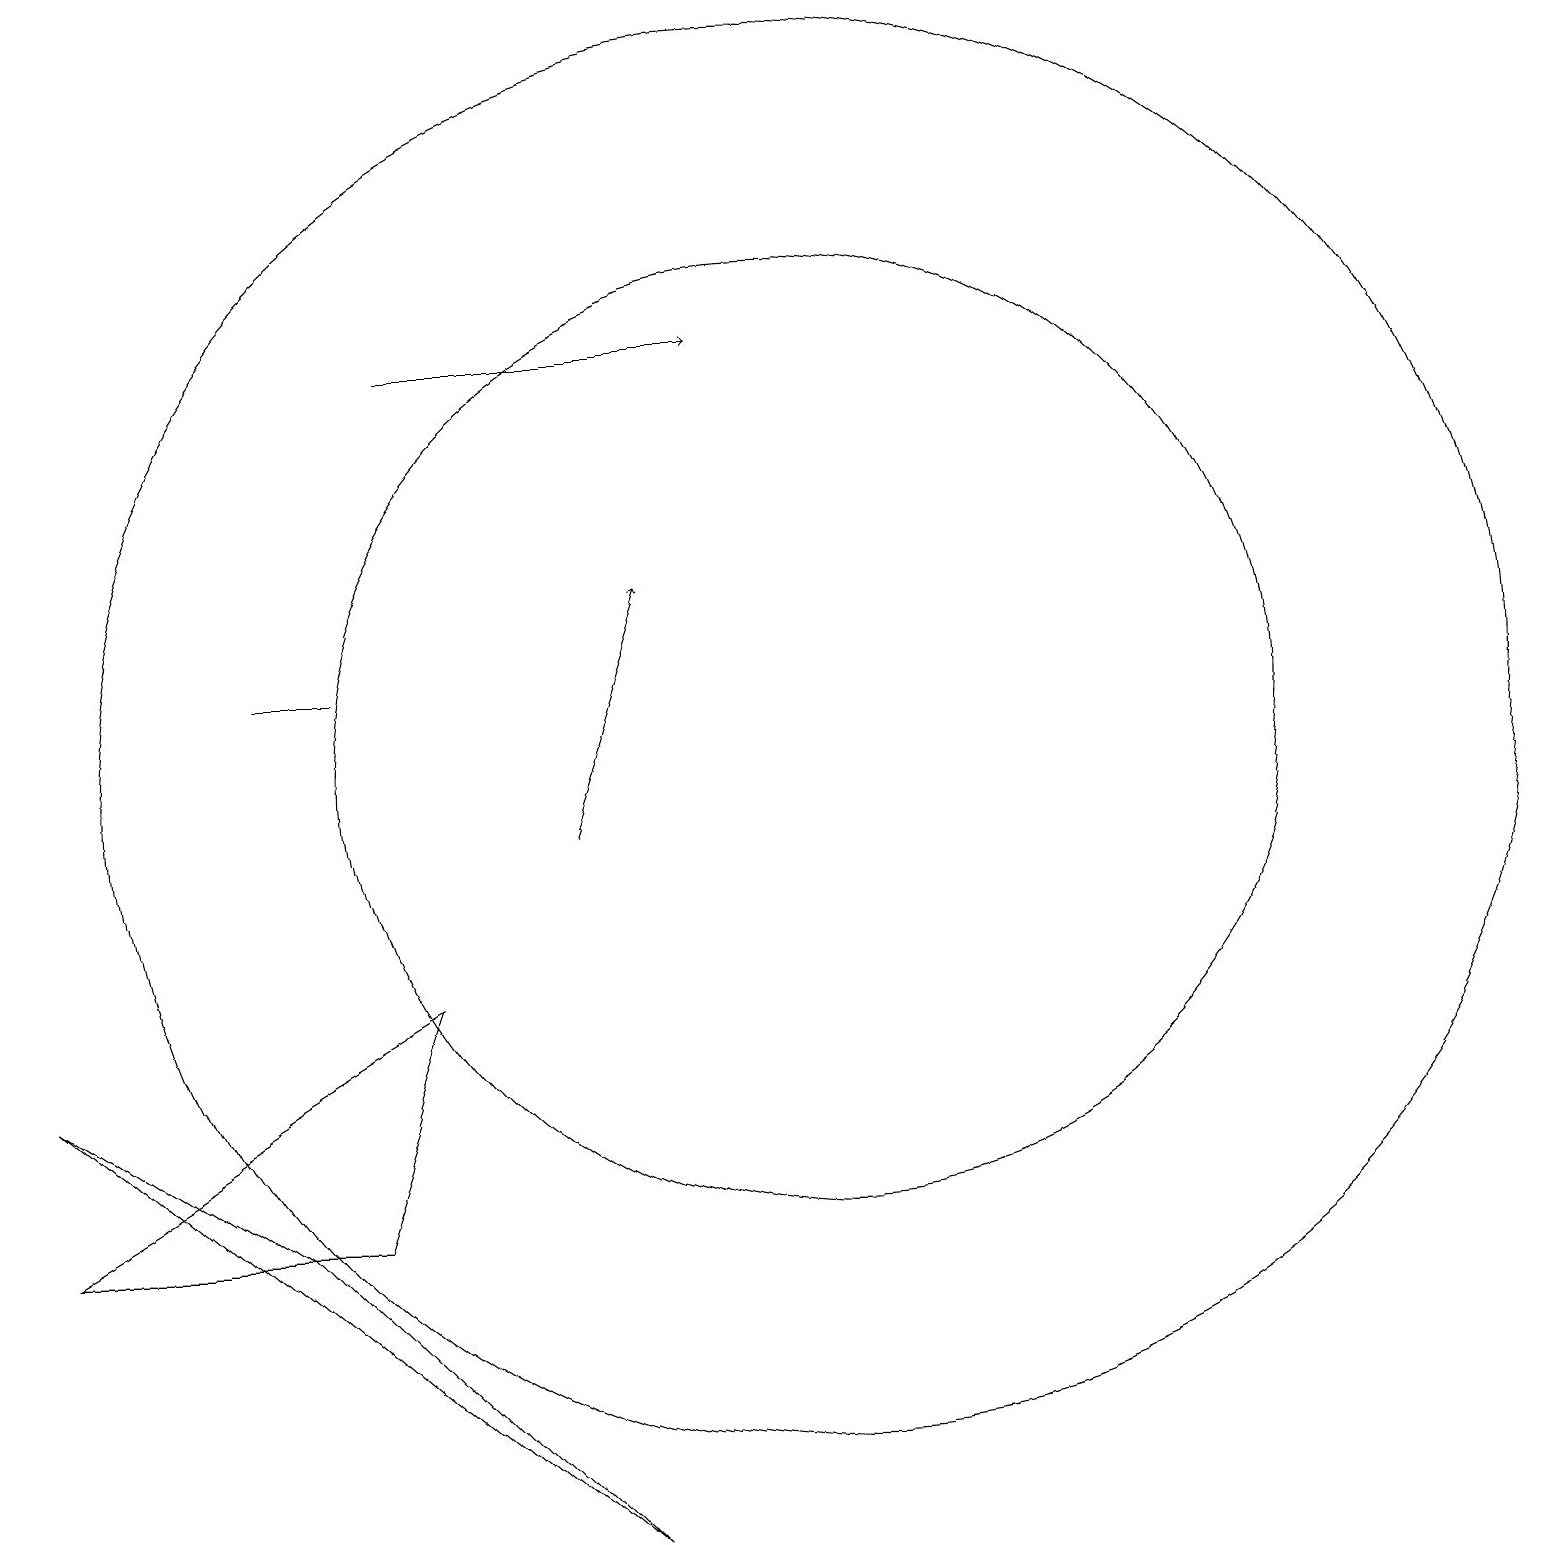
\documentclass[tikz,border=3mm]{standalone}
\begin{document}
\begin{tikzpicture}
\draw[->] (7,10) -- (8,13);
\draw (10,11) circle (6);
\draw (10,11) circle (9);
\draw (7,1) -- (3,5) -- (0,7) -- cycle;
\draw[->] (5,16) -- (9,16);
\draw (3,12) rectangle (4,12);
\draw (4,5) -- (0,5) -- (5,8) -- cycle;
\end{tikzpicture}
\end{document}